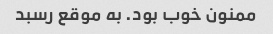
ممنون خوب بود. به موقع رسبد